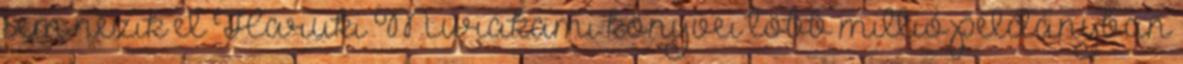
sem nézik el Haruki Murakami könyvei több millió példányban